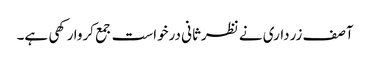
آصف زرداری نے نظرثانی درخواست جمع کروا رکھی ہے۔